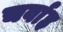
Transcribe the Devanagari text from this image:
चर्वाह